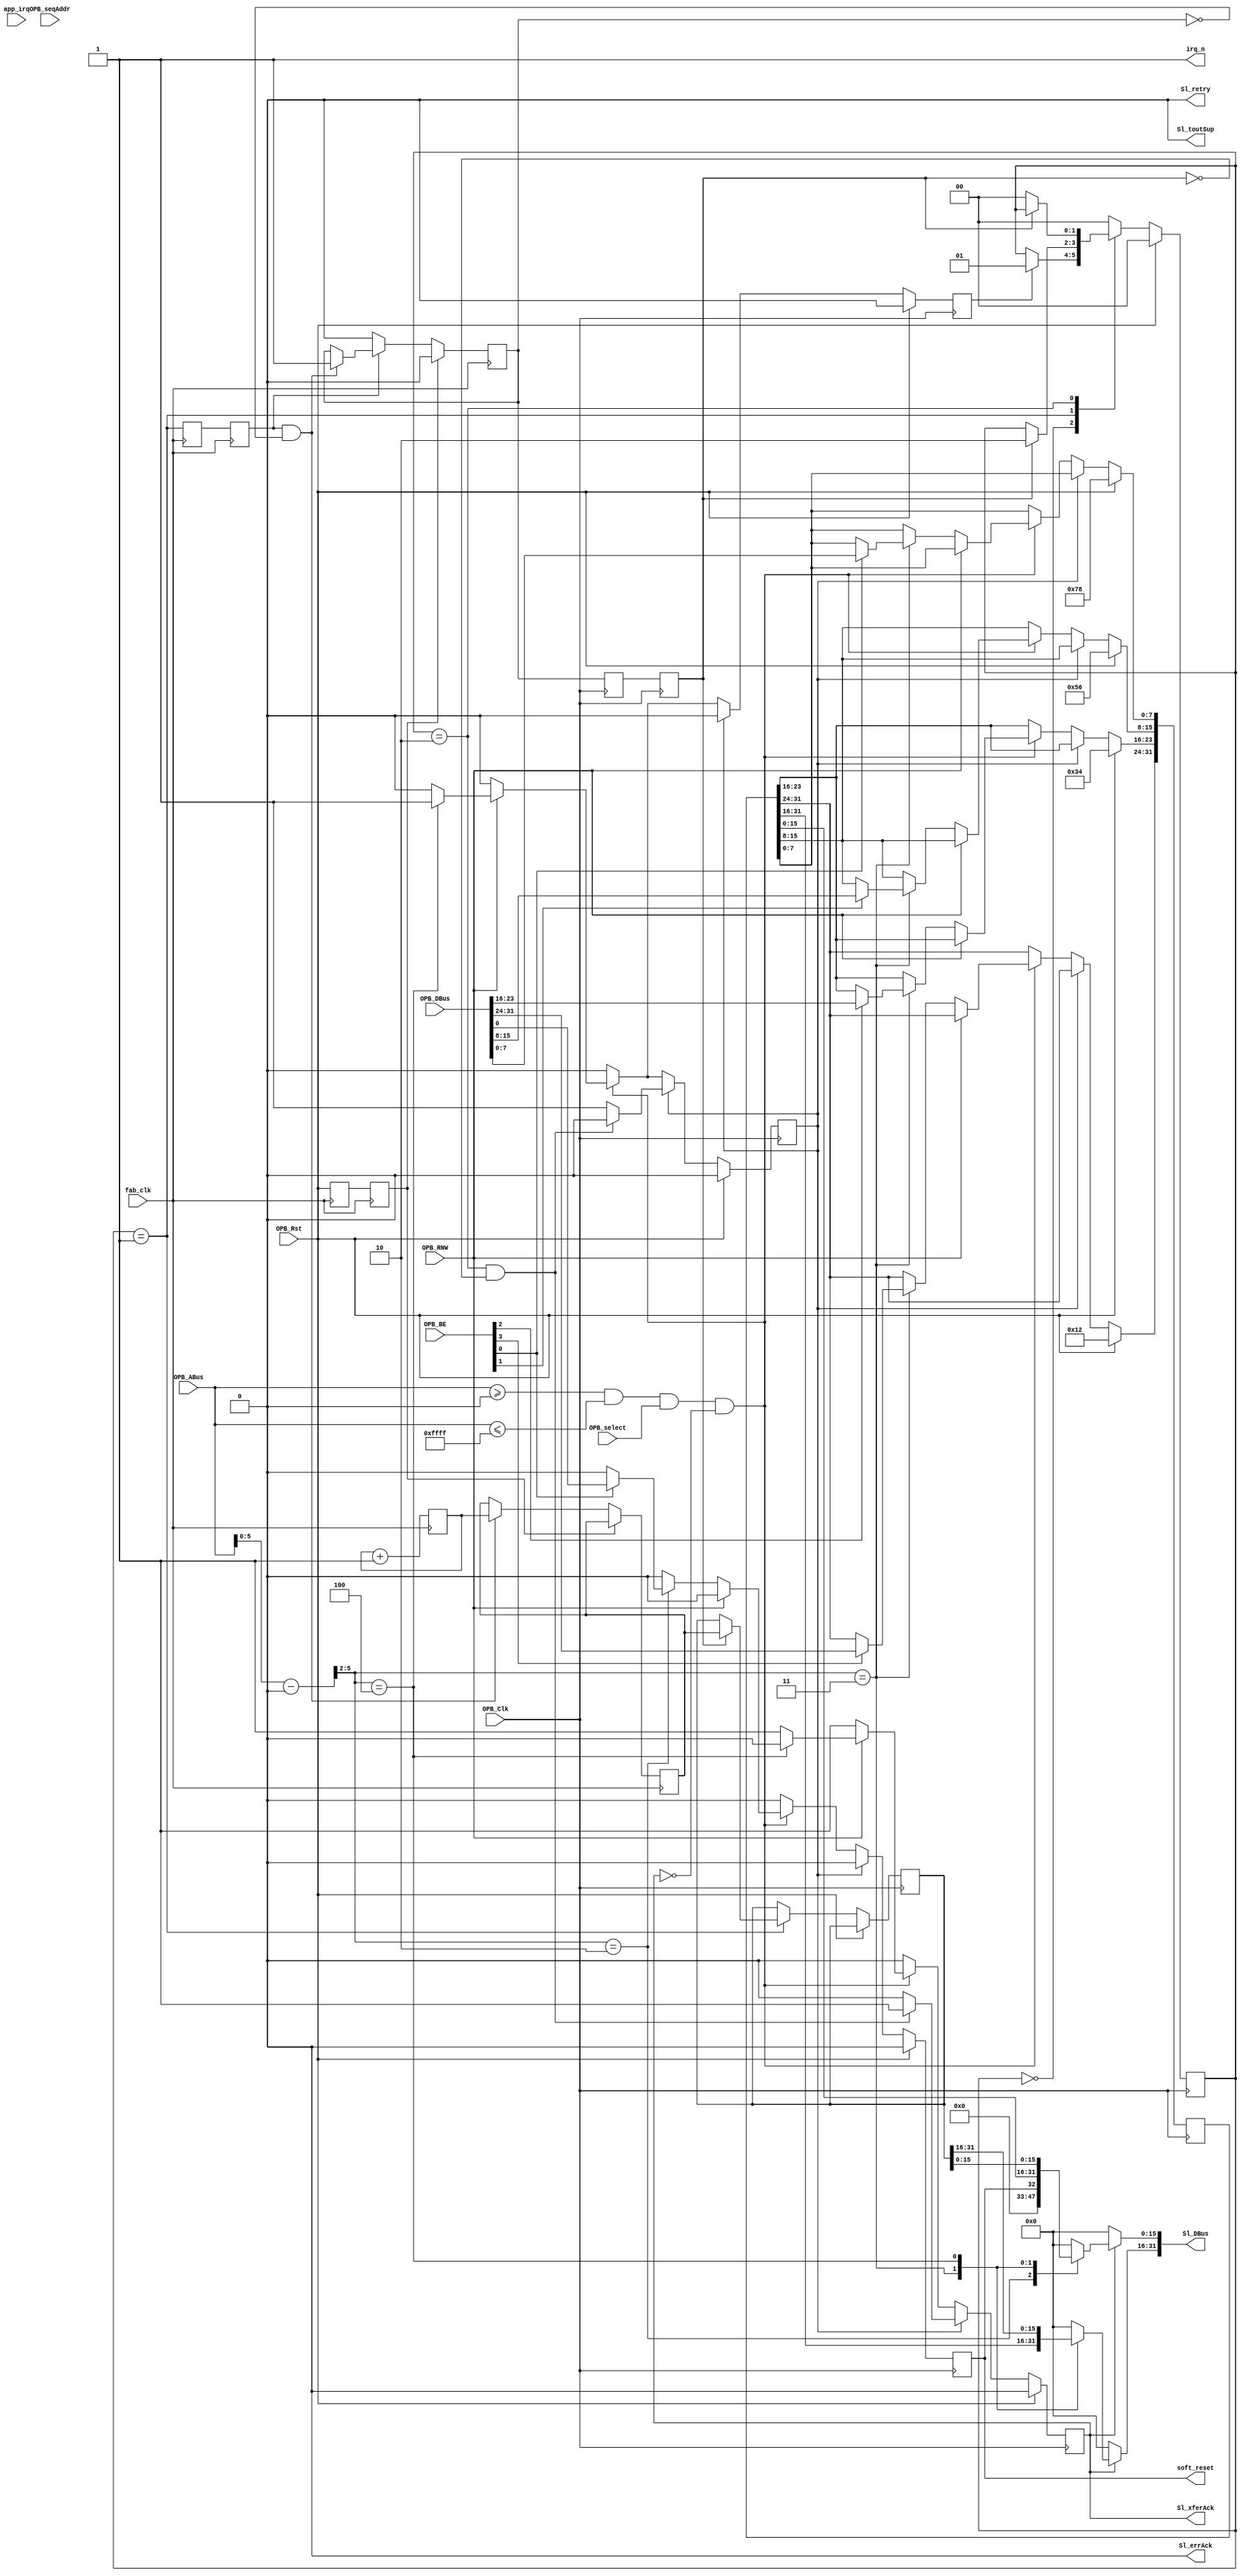
module sys_block(
    OPB_Clk,
    OPB_Rst,
    Sl_DBus,
    Sl_errAck,
    Sl_retry,
    Sl_toutSup,
    Sl_xferAck,
    OPB_ABus,
    OPB_BE,
    OPB_DBus,
    OPB_RNW,
    OPB_select,
    OPB_seqAddr,

    soft_reset,
    irq_n,
    app_irq,
    fab_clk
  );
  parameter BOARD_ID     = 16'b0;
  parameter REV_MAJOR    = 16'b0;
  parameter REV_MINOR    = 16'b0;
  parameter REV_RCS      = 16'b0;
  parameter RCS_UPTODATE = 16'b0;
  parameter C_BASEADDR   = 32'h00000000;
  parameter C_HIGHADDR   = 32'h0000FFFF;
  parameter C_OPB_AWIDTH = 0;
  parameter C_OPB_DWIDTH = 0;

  input  OPB_Clk, OPB_Rst;
  output [0:31] Sl_DBus;
  output Sl_errAck;
  output Sl_retry;
  output Sl_toutSup;
  output Sl_xferAck;
  input  [0:31] OPB_ABus;
  input  [0:3]  OPB_BE;
  input  [0:31] OPB_DBus;
  input  OPB_RNW;
  input  OPB_select;
  input  OPB_seqAddr;

  output soft_reset;
  output irq_n;
  input  [15:0] app_irq;
  input  fab_clk;

  assign Sl_toutSup = 1'b0;
  assign Sl_retry   = 1'b0;
  assign Sl_errAck  = 1'b0;

  reg Sl_xferAck;
  reg soft_reset;

  reg [0:31] scratch_pad;

  reg [0:31] fab_clk_counter_latched;
  reg [0:31] fab_clk_counter;
  reg [0:31] fab_clk_counter_reg;

  wire a_match = OPB_ABus >= C_BASEADDR && OPB_ABus <= C_HIGHADDR;
  wire [31:0] a_trans = OPB_ABus - C_BASEADDR;

  reg bus_wait;
  reg latch_start;
  wire latch_done;

  wire [0:3]  cpu_be  = OPB_BE;
  wire [0:31] cpu_din = OPB_DBus;

  always @(posedge OPB_Clk) begin
    //single cycle signals
    Sl_xferAck  <= 1'b0;
    soft_reset  <= 1'b0;
    latch_start <= 1'b0;

    if (OPB_Rst) begin
      scratch_pad <= 32'h12345678;
      bus_wait    <= 1'b0;
    end else if (bus_wait) begin
      if (latch_done) begin
        Sl_xferAck <= 1'b1;
        bus_wait   <= 1'b0;
      end
    end else if (a_match && OPB_select && !Sl_xferAck) begin
      Sl_xferAck <= 1'b1;
      if (!OPB_RNW) begin
        case (a_trans[5:2])
          4'd2: begin
            if (cpu_be[3])
              soft_reset <= cpu_din[31];
          end
          4'd3: begin
            if (cpu_be[0])
              scratch_pad[0:7]   <= cpu_din[ 0:7 ];
            if (cpu_be[1])
              scratch_pad[8:15]  <= cpu_din[ 8:15];
            if (cpu_be[2])
              scratch_pad[16:23] <= cpu_din[16:23];
            if (cpu_be[3])
              scratch_pad[24:31] <= cpu_din[24:31];
          end
          default: begin
          end
        endcase
      end else begin /* Read Case */
        case (a_trans[5:2])
          4: begin
            bus_wait    <= 1'b1;
            Sl_xferAck  <= 1'b0; //don't ack - lazy override
            latch_start <= 1'b1;
          end
          default: begin
          end
        endcase
      end
    end
  end

  reg [0:31] Sl_DBus;
  wire uptodate = RCS_UPTODATE;

  always @(*) begin
    if (!Sl_xferAck) begin
      Sl_DBus <= 32'b0;
    end else begin
      case (a_trans[5:2])
        0: begin
          Sl_DBus[ 0:15] <= BOARD_ID;
          Sl_DBus[16:31] <= REV_MAJOR;
        end
        1: begin
          Sl_DBus[ 0:15] <= REV_MINOR;
          Sl_DBus[16:31] <= REV_RCS;
        end
        2: begin
          Sl_DBus[ 0:15] <= {15'b0, uptodate};
          Sl_DBus[16:31] <= {15'b0, soft_reset};
        end
        3: begin
          Sl_DBus <= scratch_pad;
        end
        4: begin
          Sl_DBus <= fab_clk_counter_latched;
        end
        default: begin
          Sl_DBus <= 32'd0;
        end
      endcase
    end
  end

  /* TODO: implement IRQ chain */

  assign irq_n = 1'b1;

  /* handshake signals */
  reg val_got;
  reg val_gotR, val_gotRR;
  wire val_req;
  reg val_reqR, val_reqRR;
  reg got_wait;

  reg [1:0] latch_state;
  localparam LATCH_IDLE  = 2'd0;
  localparam LATCH_REQ   = 2'd1;
  localparam LATCH_WAIT  = 2'd2;

  always @(posedge OPB_Clk) begin
    val_gotR  <= val_got;
    val_gotRR <= val_gotR;

    if (OPB_Rst) begin
      latch_state <= LATCH_IDLE;
    end else begin
      case (latch_state)
        LATCH_IDLE: begin
          if (latch_start) begin
            latch_state <= LATCH_REQ;
          end
        end
        LATCH_REQ: begin
          if (val_gotRR) begin
            latch_state <= LATCH_WAIT;
            fab_clk_counter_latched <= fab_clk_counter_reg;
          end
        end
        LATCH_WAIT: begin
          if (!val_gotRR) begin
            latch_state <= LATCH_IDLE;
          end
        end
        default: begin
          latch_state <= LATCH_IDLE;
        end
      endcase
    end
  end
  assign latch_done = latch_state == LATCH_WAIT && !val_gotRR;

  assign val_req = latch_state == LATCH_REQ;

  reg rst_fabR;
  reg rst_fabRR;

  always @(posedge fab_clk) begin
    rst_fabR  <= OPB_Rst;
    rst_fabRR <= rst_fabR;
  end

  always @(posedge fab_clk) begin
    val_reqR  <= val_req;
    val_reqRR <= val_reqR;
    fab_clk_counter <= fab_clk_counter + 32'b1;

    if (rst_fabRR) begin
      val_got <= 1'b0;
    end else begin
      if (val_reqRR && !val_got) begin
        fab_clk_counter_reg <= fab_clk_counter;
        val_got <= 1'b1;
      end 
      if (!val_reqRR) begin
        val_got <= 1'b0;
      end 
    end
  end

endmodule